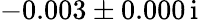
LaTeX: -0.003\pm 0.000\, \mathrm{i}